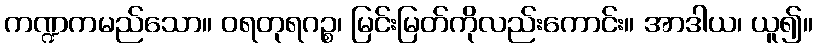
ကဏ္ဍကမည်သော။ ဝရတုရဂဉ္စ၊ မြင်းမြတ်ကိုလည်းကောင်း။ အာဒါယ၊ ယူ၍။